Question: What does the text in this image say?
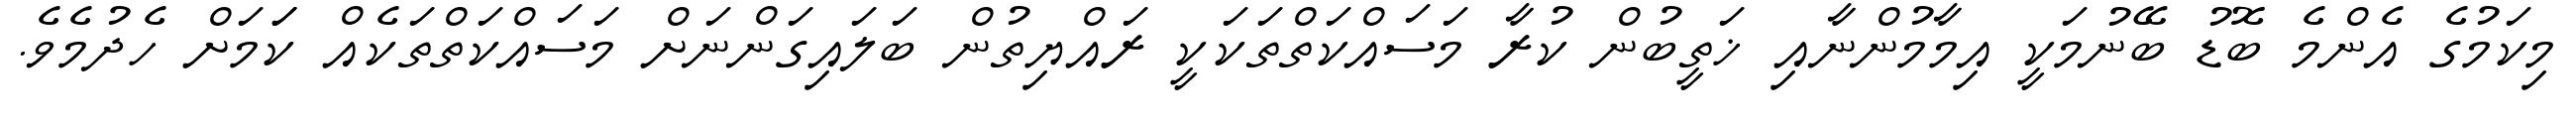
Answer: މިކަމުގެ އެންމެ ބޮޑު ބޭނުމަކީ އިމާމުންނާއި ޚަތީބުން ކުރާ މަސައްކަތްތަކަކީ ރައްޔިތުން ބަލައިގަންނަށް މަސައްކަތްތަކެއް ކަަމަށް ހެދުމެވެ.